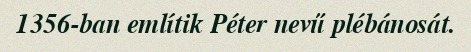
1356-ban említik Péter nevű plébánosát.